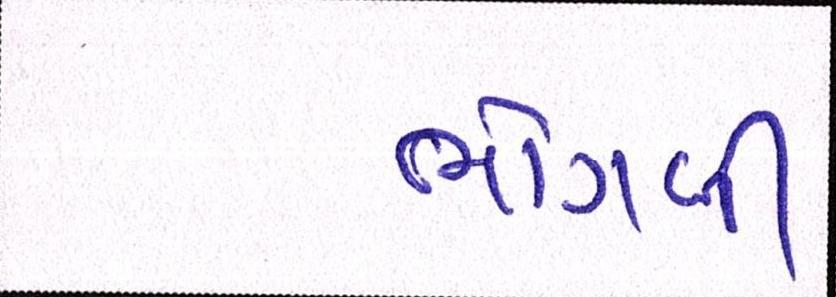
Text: ભોગવી